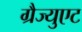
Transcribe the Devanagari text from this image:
ग्रैज्युएट